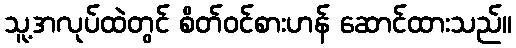
သူ့အလုပ်ထဲတွင် စိတ်ဝင်စားဟန် ဆောင်ထားသည်။